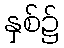
နှစ်၌